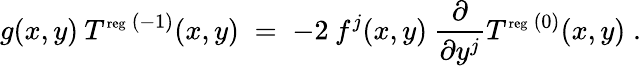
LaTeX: g(x,y)\: T^{\mathrm{\scriptsize{reg}}\: (-1)}(x,y)\; =\; -2\: f^{j}(x,y)\: \frac{\partial}{\partial y^{j}}T^{\mathrm{\scriptsize{reg}}\: (0)}(x,y)\; .